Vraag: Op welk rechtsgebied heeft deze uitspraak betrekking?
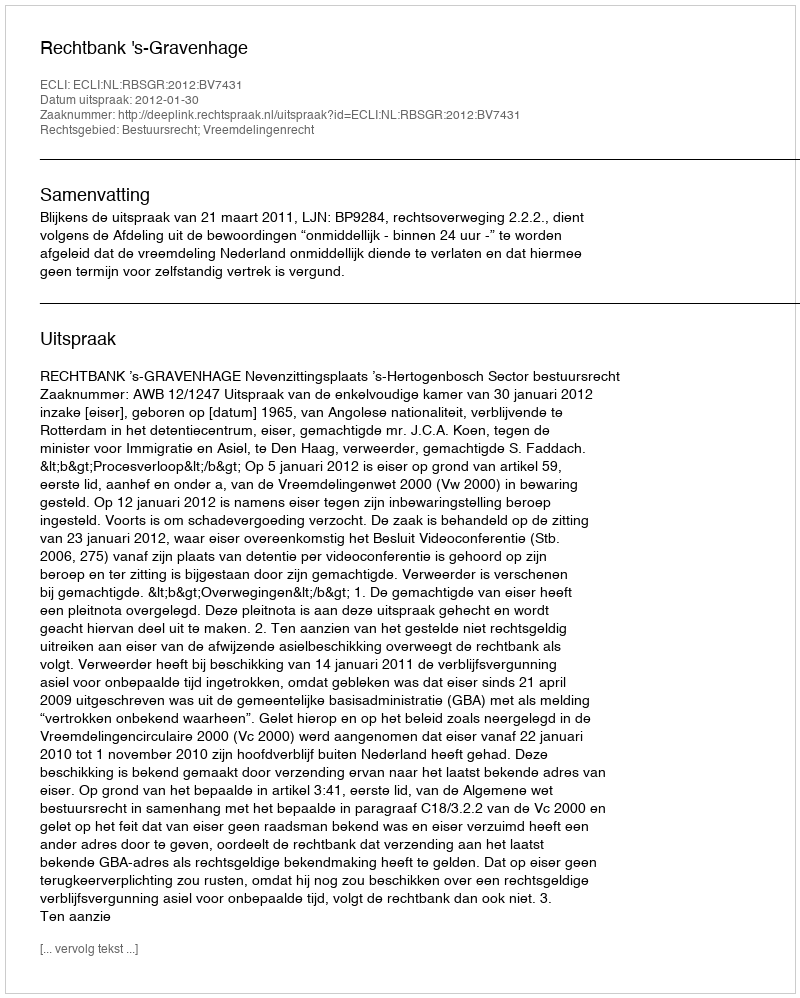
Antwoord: Bestuursrecht; Vreemdelingenrecht